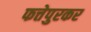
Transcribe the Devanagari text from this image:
फत्तेपुरकर